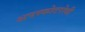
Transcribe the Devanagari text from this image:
अपस्फोटरोधी